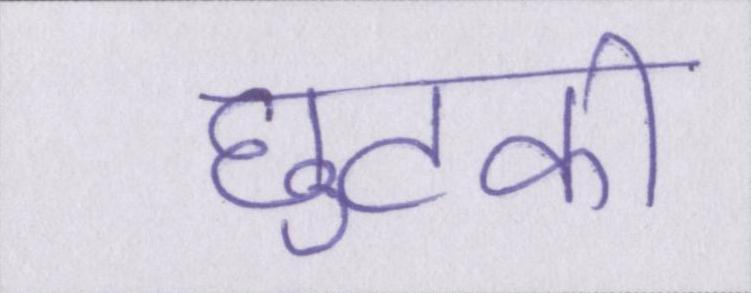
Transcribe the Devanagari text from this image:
छुटकी